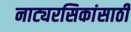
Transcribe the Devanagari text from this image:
नाट्यरसिकांसाठी